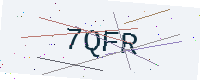
Text: 7QFR